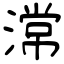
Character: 𣻸